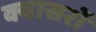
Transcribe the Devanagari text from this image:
क्वासरों